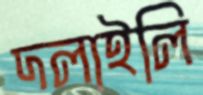
দলাইলি